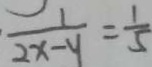
\frac { 1 } { 2 x - y } = \frac { 1 } { 5 }